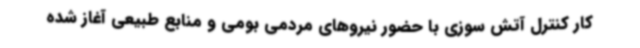
کار کنترل آتش سوزی با حضور نیروهای مردمی بومی و منابع طبیعی آغاز شده